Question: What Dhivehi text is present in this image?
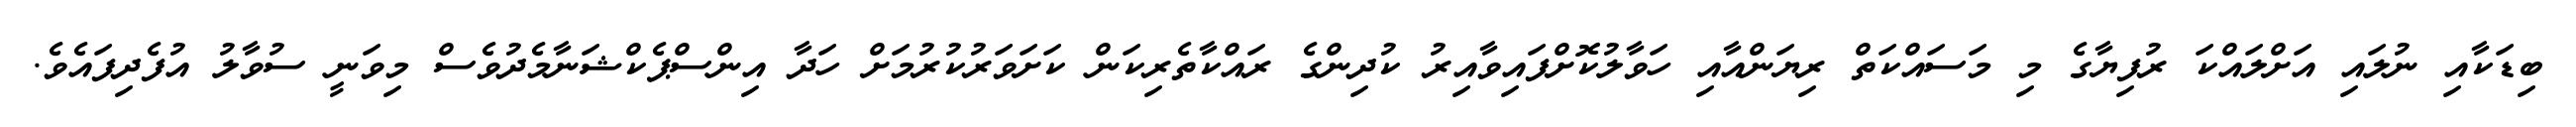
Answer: ބިޑަކާއި ނުލައި އަށްލައްކަ ރުފިޔާގެ މި މަސައްކަތް ރިޔަންއާއި ހަވާލުކޮށްފައިވާއިރު ކުދިންގެ ރައްކާތެރިކަން ކަށަވަރުކުރުމަށް ހަދާ އިންސްޕެކްޝަނާމެދުވެސް މިވަނީ ސުވާލު އުފެދިފައެވެ.